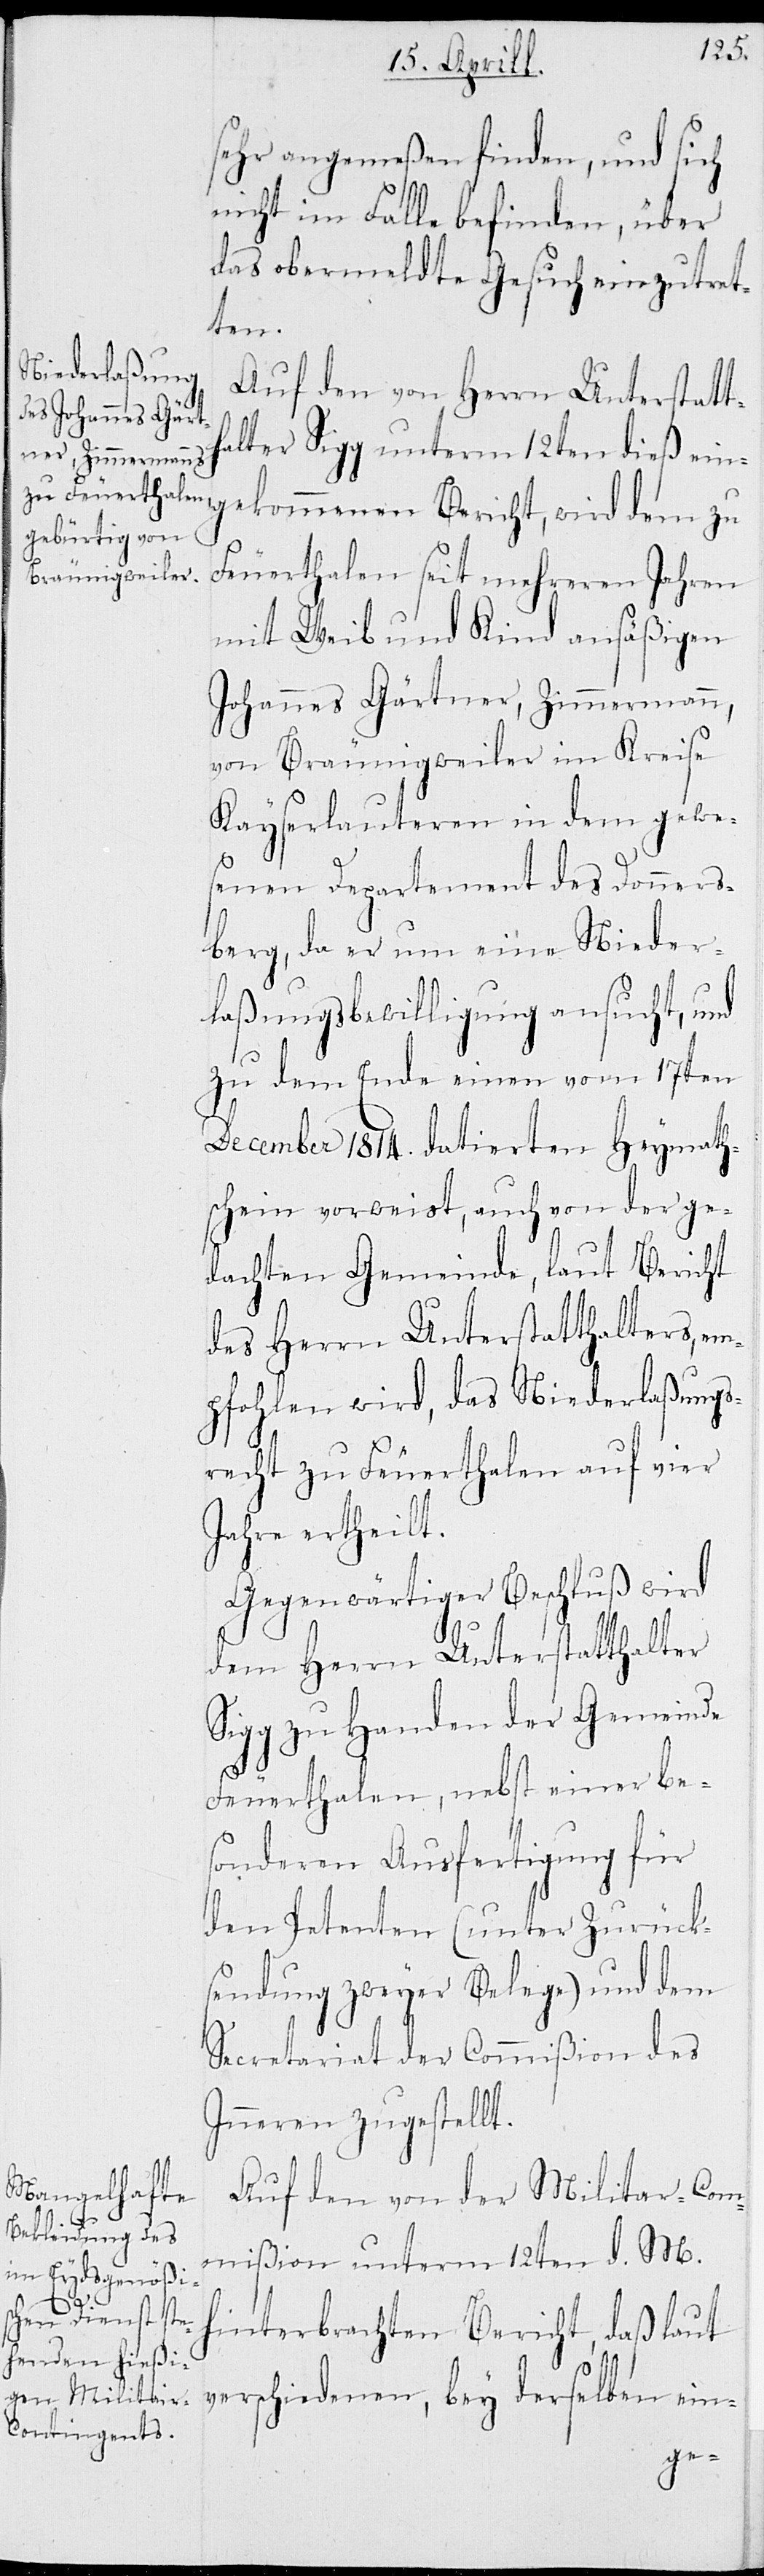
sehr angemeßen finden, und sich
nicht im Falle befinden, über
das obermeldte Gesuch einzutret¬
ten.
Auf den von Herrn Unterstatt¬
halter Sigg unterm 12ten dieß ein¬
gekommenen Bericht, wird dem zu
Feuerthalen seit mehreren Jahren
mit Weib und Kind ansäßigen
Johannes Gärtner, Zimmermann,
von Bräunigweiler im Kreise
Kayserlauteren in dem gewe¬
senen Departement des Donners¬
berg, da er um eine Nieder¬
laßungsbewilligung ansucht, und
zu dem Ende einen vom 17ten
December 1814. datierten Heymath¬
schein vorweist, auch von der ge¬
dachten Gemeinde, laut Bericht
des Herrn Unterstatthalters, em¬
pfohlen wird, das Niederlaßungs¬
recht zu Feuerthalen auf vier
Jahre ertheilt.
Gegenwärtiger Beschluß wird
dem Herrn Unterstatthalter
Sigg zu Handen der Gemeinde
Feuerthalen, nebst einer bes¬
ondern Ausfertigung für
den Petenten (unter Zurück¬
sendung zweyer Belege) und dem
Secretariat der Commißion des
Inneren zugestellt.
Auf den von der Militar-Com¬
mißion unterm 12ten d. M.
hinterbrachten Bericht, daß laut
verschiedenen, bey derselben ein-